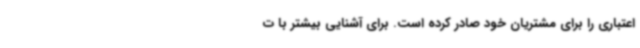
اعتباری را برای مشتریان خود صادر کرده است. برای آشنایی بیشتر با ت